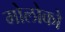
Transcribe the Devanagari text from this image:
मोलोको